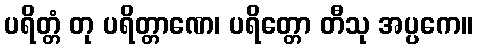
ပရိတ္တံ တု ပရိတ္တာဏေ၊ ပရိတ္တော တီသု အပ္ပကေ။